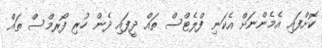
ކޮށްފައި އެމެންނަށް އެކަނި ފްލެޓްސް ތައް ދީފައި ދެން ހުރި ފޯރމްސް ތައް